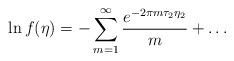
LaTeX: \begin{align*}\ln f(\eta)=-\sum_{m=1}^{\infty}{{e^{-2\pi m\tau_2\eta_2}}\over{m}}+\dots\end{align*}